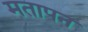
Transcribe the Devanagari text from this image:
मतापन